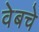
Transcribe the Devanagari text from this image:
वेबचे